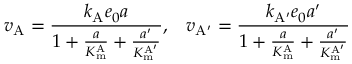
v _ { \mathrm { A } } = { \frac { k _ { \mathrm { A } } e _ { 0 } a } { 1 + { \frac { a } { K _ { \mathrm { m } } ^ { \mathrm { A } } } } + { \frac { a ^ { \prime } } { K _ { \mathrm { m } } ^ { \mathrm { A ^ { \prime } } } } } } } , \; \; \; v _ { \mathrm { A ^ { \prime } } } = { \frac { k _ { \mathrm { A ^ { \prime } } } e _ { 0 } a ^ { \prime } } { 1 + { \frac { a } { K _ { \mathrm { m } } ^ { \mathrm { A } } } } + { \frac { a ^ { \prime } } { K _ { \mathrm { m } } ^ { \mathrm { A ^ { \prime } } } } } } }